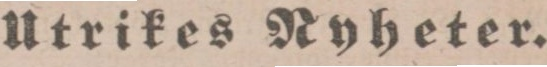
Utrikes Ryheter.